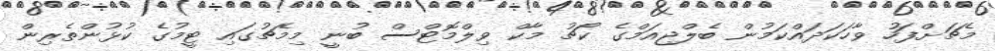
މެޗަށްފަހު ވާހަކަދައްކަމުން ބެލްޖިއަމްގެ ކޯޗު މާކް ވިލްމޮޓްސް ބުނީ މިމެޗުގައި ޓީމުގެ ކުޅުންތެރިން